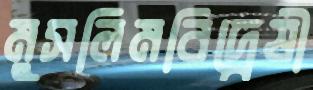
মুসলিমবিদ্বেষী